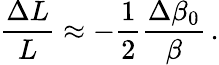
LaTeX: \frac{\Delta L}{L}\approx-\frac{1}{2}\frac{\Delta\beta_{0}}{\beta}\, .